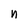
Character: n